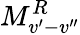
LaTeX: M_{v^{\prime}-v^{\prime\prime}}^{{R}}